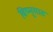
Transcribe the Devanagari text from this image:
विष्नुगाड